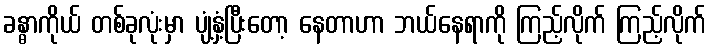
ခန္ဓာကိုယ် တစ်ခုလုံးမှာ ပျံ့နှံ့ပြီးတော့ နေတာဟာ ဘယ်နေရာကို ကြည့်လိုက် ကြည့်လိုက်